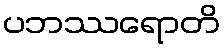
ပဘဿရောတိ